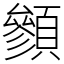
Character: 䫩